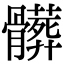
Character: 髒